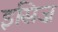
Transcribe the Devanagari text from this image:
इसिज़